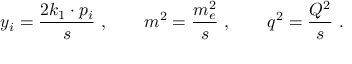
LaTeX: y _ { i } = \frac { 2 k _ { 1 } \cdot p _ { i } } { s } ~ , \qquad m ^ { 2 } = \frac { m _ { e } ^ { 2 } } { s } ~ , \qquad q ^ { 2 } = \frac { Q ^ { 2 } } { s } ~ .